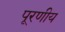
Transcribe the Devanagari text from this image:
पूरणीय